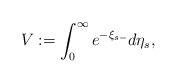
LaTeX: \begin{align*} V:=\int_0^\infty e^{-\xi_{s-}} d\eta_s,\end{align*}